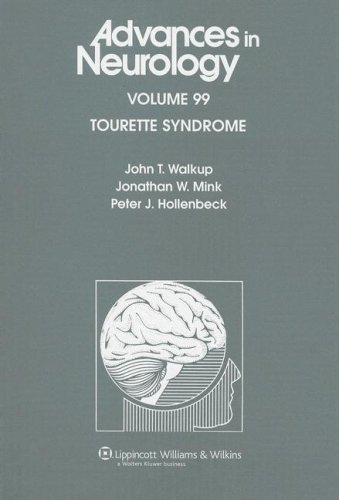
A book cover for Tourette Syndrome (Advances in Neurology); Health, Fitness & Dieting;